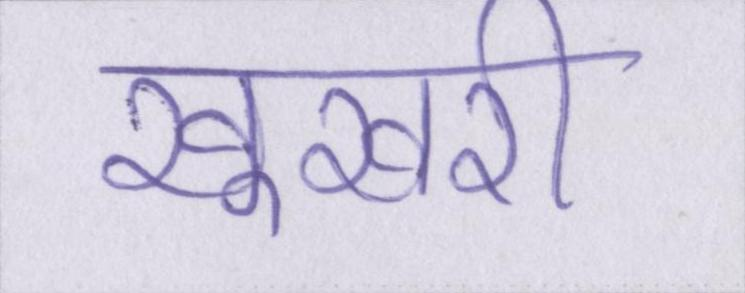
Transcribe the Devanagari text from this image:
खूखरी